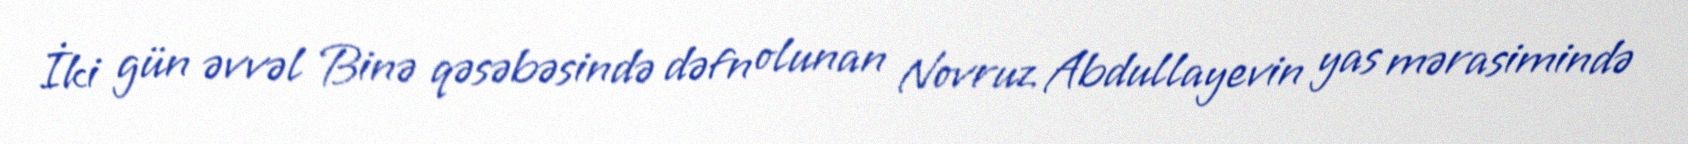
İki gün əvvəl Binə qəsəbəsində dəfn olunan Novruz Abdullayevin yas mərasimində